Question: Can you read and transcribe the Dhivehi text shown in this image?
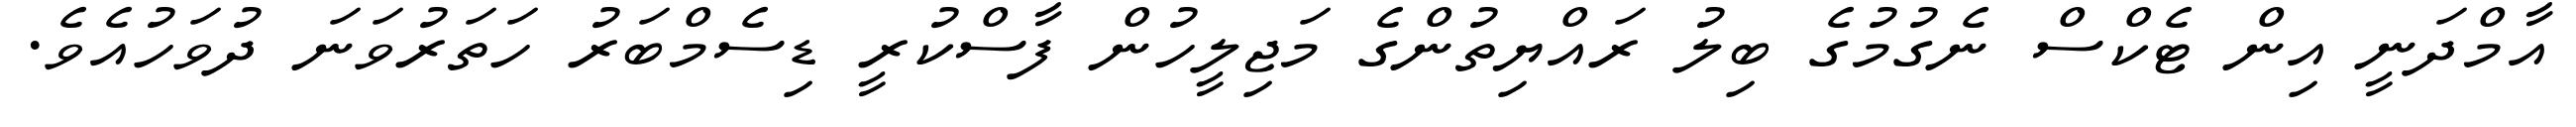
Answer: އާމްދަނީ އިން ޓެކްސް ނެގުމުގެ ބިލު ރައްޔިތުންގެ މަޖިލީހުން ފާސްކުރީ ޑިސެމްބަރު ހަތަރުވަނަ ދުވަހުއެވެ.